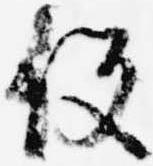
役